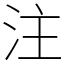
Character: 注